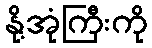
နို့အုံကြီးကို